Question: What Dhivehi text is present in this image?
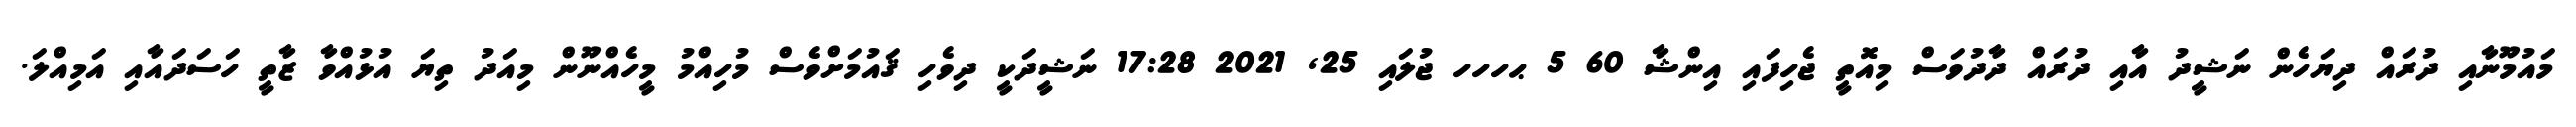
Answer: މައުމޫނާއި ދުރައް ދިޔަހެން ނަޝީދު އާއި ދުރައް ދާދުވަސް މިއޮތީ ޖެހިފައި އިންޝާ 60 5 ޙހހހ ޖުލައި 25, 2021 17:28 ނަޝީދަކީ ދިވެހި ޤައުމަށްވެސް މުހިއްމު މީހެއްނޫން މިއަދު ތިޔަ އުޅުއްވާ ޒާތީ ހަސަދައާއި އަމިއްލަ.